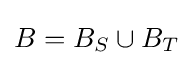
B=B_{S}\cup B_{T}